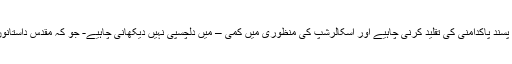
ان کا مطلب کہ ہے کہ مجھے اسلام پسند پاکدامنی کی تقلید کرنی چاہیے اور اسکالرشپ کی منظوری میں کمی – میں دلچسپی نہیں دیکھانی چاہیے- جو کہ مقدس داستانوں پر شک و شبہات کو پیدا کرتا ہے۔